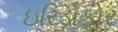
ઇરિડોફોર